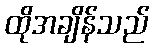
ထိုအချိန်သည်